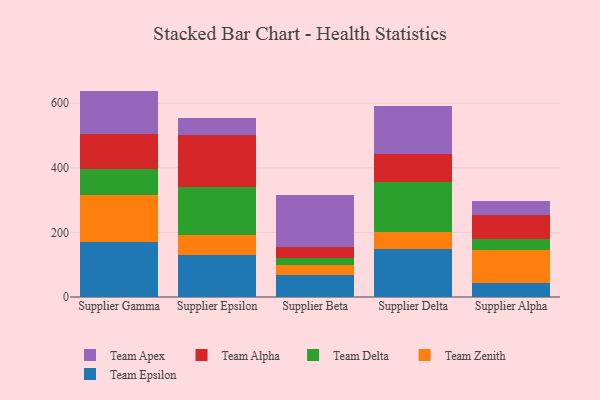
{"axis": {"x": "Supplier", "y": "Temperature (°C)"}, "legend": ["Team Alpha", "Team Apex", "Team Delta", "Team Epsilon", "Team Zenith"], "data": [{"x": "Supplier Gamma", "y": 170.9, "type": "Team Epsilon"}, {"x": "Supplier Gamma", "y": 143.8, "type": "Team Zenith"}, {"x": "Supplier Gamma", "y": 82.7, "type": "Team Delta"}, {"x": "Supplier Gamma", "y": 107.9, "type": "Team Alpha"}, {"x": "Supplier Gamma", "y": 133.0, "type": "Team Apex"}, {"x": "Supplier Epsilon", "y": 129.0, "type": "Team Epsilon"}, {"x": "Supplier Epsilon", "y": 62.0, "type": "Team Zenith"}, {"x": "Supplier Epsilon", "y": 148.5, "type": "Team Delta"}, {"x": "Supplier Epsilon", "y": 160.8, "type": "Team Alpha"}, {"x": "Supplier Epsilon", "y": 52.7, "type": "Team Apex"}, {"x": "Supplier Beta", "y": 66.7, "type": "Team Epsilon"}, {"x": "Supplier Beta", "y": 33.4, "type": "Team Zenith"}, {"x": "Supplier Beta", "y": 20.7, "type": "Team Delta"}, {"x": "Supplier Beta", "y": 33.7, "type": "Team Alpha"}, {"x": "Supplier Beta", "y": 160.4, "type": "Team Apex"}, {"x": "Supplier Delta", "y": 147.8, "type": "Team Epsilon"}, {"x": "Supplier Delta", "y": 53.3, "type": "Team Zenith"}, {"x": "Supplier Delta", "y": 153.6, "type": "Team Delta"}, {"x": "Supplier Delta", "y": 86.9, "type": "Team Alpha"}, {"x": "Supplier Delta", "y": 149.6, "type": "Team Apex"}, {"x": "Supplier Alpha", "y": 44.3, "type": "Team Epsilon"}, {"x": "Supplier Alpha", "y": 101.1, "type": "Team Zenith"}, {"x": "Supplier Alpha", "y": 34.9, "type": "Team Delta"}, {"x": "Supplier Alpha", "y": 74.4, "type": "Team Alpha"}, {"x": "Supplier Alpha", "y": 41.9, "type": "Team Apex"}]}